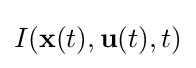
I(\mathbf {x} (t),\mathbf {u} (t),t)